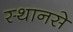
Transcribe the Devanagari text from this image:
स्थानसे